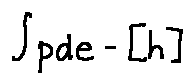
\int p d e - [ h ]